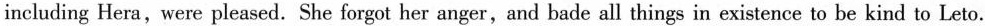
including Hera,were pleased. She forgot her anger,and bade all things in existence to be kind to Leto.